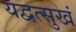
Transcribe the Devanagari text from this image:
यद्वत्सुखं